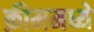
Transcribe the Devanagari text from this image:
क्रीममध्ये